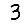
Digit: 3